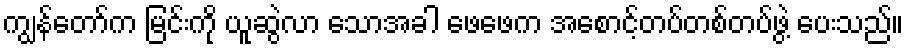
ကျွန်တော်က မြင်းကို ယူဆွဲလာ သောအခါ ဖေဖေက အစောင့်တပ်တစ်တပ်ဖွဲ့ ပေးသည်။